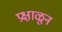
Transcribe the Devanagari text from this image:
प्रक्षाळून